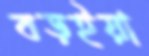
বড়ইয়া